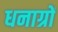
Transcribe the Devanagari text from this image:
धनाग्रों